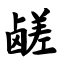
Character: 鹾